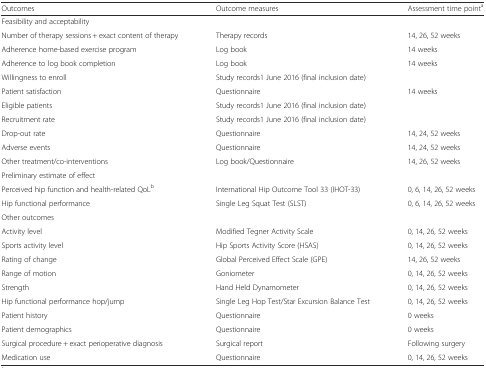
| Outcomes | Outcome measures | Assessment time pointa |
 | --- | --- | --- |
 | Feasibility and acceptability | <COLSPAN=2>  |
 | Number of therapy sessions + exact content of therapy | Therapy records | 14, 26, 52 weeks |
 | Adherence home-based exercise program | Log book | 14 weeks |
 | Adherence to log book completion | Log book | 14 weeks |
 | Willingness to enroll | <COLSPAN=2> Study records1 June 2016 (final inclusion date) |
 | Patient satisfaction | Questionnaire | 14 weeks |
 | Eligible patients | <COLSPAN=2> Study records1 June 2016 (final inclusion date) |
 | Recruitment rate | <COLSPAN=2> Study records1 June 2016 (final inclusion date) |
 | Drop-out rate | Questionnaire | 14, 24, 52 weeks |
 | Adverse events | Questionnaire | 14, 24, 52 weeks |
 | Other treatment/co-interventions | Log book/Questionnaire | 14, 26, 52 weeks |
 | Preliminary estimate of effect | <COLSPAN=2>  |
 | Perceived hip function and health-related QoLb | International Hip Outcome Tool 33 (IHOT-33) | 0, 6, 14, 26, 52 weeks |
 | Hip functional performance | Single Leg Squat Test (SLST) | 0, 6, 14, 26, 52 weeks |
 | Other outcomes | <COLSPAN=2>  |
 | Activity level | Modified Tegner Activity Scale | 0, 14, 26, 52 weeks |
 | Sports activity level | Hip Sports Activity Score (HSAS) | 0, 14, 26, 52 weeks |
 | Rating of change | Global Perceived Effect Scale (GPE) | 14, 26, 52 weeks |
 | Range of motion | Goniometer | 0, 14, 26, 52 weeks |
 | Strength | Hand Held Dynamometer | 0, 14, 26, 52 weeks |
 | Hip functional performance hop/jump | Single Leg Hop Test/Star Excursion Balance Test | 0, 14, 26, 52 weeks |
 | Patient history | Questionnaire | 0 weeks |
 | Patient demographics | Questionnaire | 0 weeks |
 | Surgical procedure + exact perioperative diagnosis | Surgical report | Following surgery |
 | Medication use | Questionnaire | 0, 14, 26, 52 weeks |